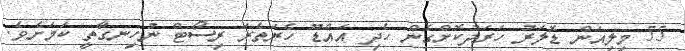
55 މިލިއަން ޑޮލަރު ހަރަދުކޮށްގެން ހެދި އައްޑޫ ހެރަތެރަ ރިސޯޓް ނުހިނގާތީ ކަމަށެވެ.